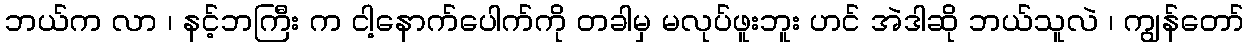
ဘယ်က လာ ၊ နင့်ဘကြီး က ငါ့နောက်ပေါက်ကို တခါမှ မလုပ်ဖူးဘူး ဟင် အဲဒါဆို ဘယ်သူလဲ ၊ ကျွန်တော်